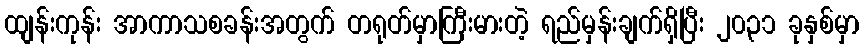
ထျန်းကုန်း အာကာသစခန်းအတွက် တရုတ်မှာကြီးမားတဲ့ ရည်မှန်းချက်ရှိပြီး ၂၀၃၁ ခုနှစ်မှာ